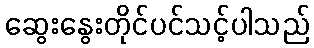
ဆွေးနွေးတိုင်ပင်သင့်ပါသည်